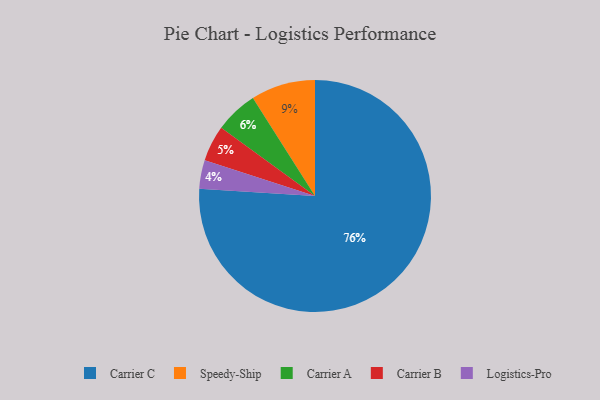
{"axis": {"x": "Category", "y": "Percentage"}, "legend": ["Carrier A", "Carrier B", "Carrier C", "Logistics-Pro", "Speedy-Ship"], "data": [{"x": "Logistics-Pro", "y": 4, "type": "Logistics-Pro"}, {"x": "Carrier A", "y": 6, "type": "Carrier A"}, {"x": "Carrier B", "y": 5, "type": "Carrier B"}, {"x": "Speedy-Ship", "y": 9, "type": "Speedy-Ship"}, {"x": "Carrier C", "y": 76, "type": "Carrier C"}]}